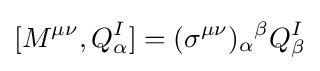
[M^{\mu \nu },Q_{\alpha }^{I}]=(\sigma ^{\mu \nu })_{\alpha }{}^{\beta }Q_{\beta }^{I}